Indian journal of veterinary science and animal husbandry - Volume 6,
Year: 1936
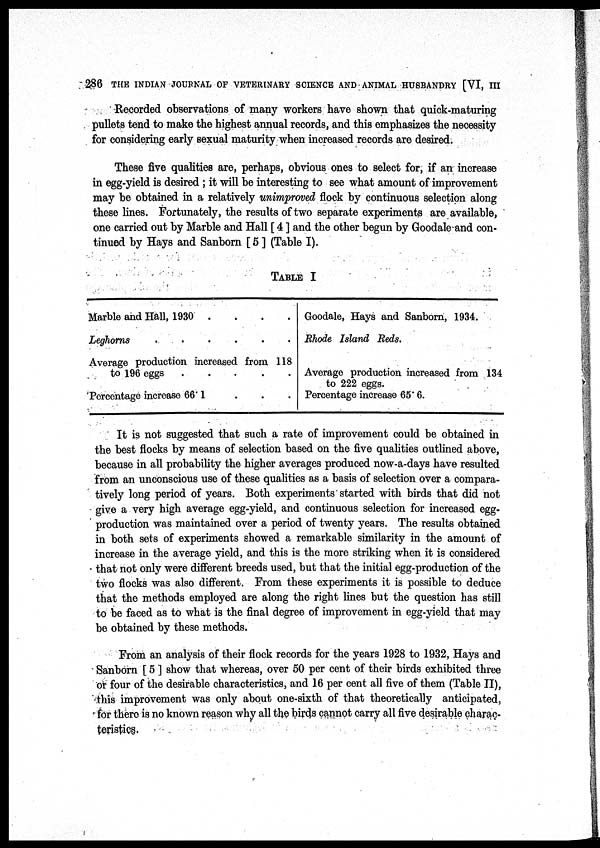
286 THE INDIAN JOURNAL OF VETERINARY SCIENCE AND ANIMAL HUSBANDRY [VI, III
Recorded observations of many workers have shown that quick-maturing
pullets tend to make the highest annual records, and this emphasizes the necessity
for considering early sexual maturity when increased records are desired.
These five qualities are, perhaps, obvious ones to select for, if an increase
in egg-yield is desired ; it will be interesting to see what amount of improvement
may be obtained in a relatively unimproved flock by continuous selection along
these lines. Fortunately, the results of two separate experiments are available,
one carried out by Marble and Hall [ 4 ] and the other begun by Goodale and con-
tinued by Hays and Sanborn [5] (Table I).
TABLE I
Marble and Hall, 1930 . . . .
Leghorns
.
.
.
.
.
.
Average production increased from 118
to 196 eggs
.
.
.
.
.
Percentage increase 66.1 . . .
Goodale, Hays and Sanborn, 1934.
Rhode Island Reds.
Average production increased from 134
to 222 eggs.
Percentage increase 65. 6.
It is not suggested that such a rate of improvement could be obtained in
the best flocks by means of selection based on the five qualities outlined above,
because in all probability the higher averages produced now-a-days have resulted
from an unconscious use of these qualities as a basis of selection over a compara-
tively long period of years. Both experiments started with birds that did not
give a very high average egg-yield, and continuous selection for increased egg-
production was maintained over a period of twenty years. The results obtained
in both sets of experiments showed a remarkable similarity in the amount of
increase in the average yield, and this is the more striking when it is considered
that not only were different breeds used, but that the initial egg-production of the
two flocks was also different. From these experiments it is possible to deduce
that the methods employed are along the right lines but the question has still
to be faced as to what is the final degree of improvement in egg-yield that may
be obtained by these methods.
From an analysis of their flock records for the years 1928 to 1932, Hays and
Sanborn [ 5 ] show that whereas, over 50 per cent of their birds exhibited three
or four of the desirable characteristics, and 16 per cent all five of them (Table II),
this improvement was only about one-sixth of that theoretically anticipated,
for there is no known reason why all the birds cannot carry all five desirable charac-
teristics.